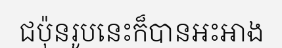
ជប៉ុនរូបនេះក៏បានអះអាង